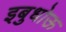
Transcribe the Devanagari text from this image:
इबुधोऊ